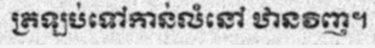
ត្រឡប់ទៅកាន់លំនៅ ឋានវិញ។